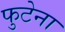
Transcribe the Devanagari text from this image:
फुटेना